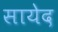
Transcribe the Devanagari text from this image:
सायेद